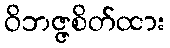
ဝိဘဇ္ဇစိတ်ထား